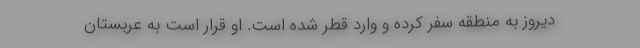
دیروز به منطقه سفر کرده و وارد قطر شده است. او قرار است به عربستان